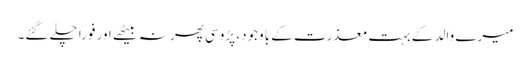
میرے والد کے بہت معذرت کے باوجود، پڑوسی پھر نہ بیٹھے اور فوراً چلے گئے۔